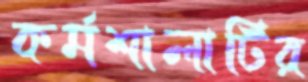
কর্মশালাটির